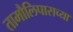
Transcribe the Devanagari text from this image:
तामौलिपासच्या